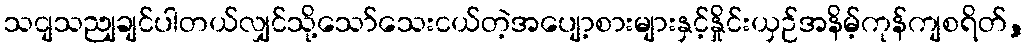
သငျသညျချင်ပါတယ်လျှင်သို့သော်သေးငယ်တဲ့အပျော့စားများနှင့်နှိုင်းယှဉ်အနိမ့်ကုန်ကျစရိတ်,